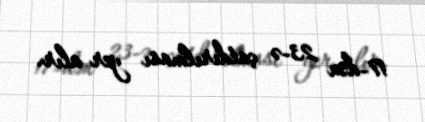
17-dən 23-ə çatdırılması yer alır.